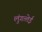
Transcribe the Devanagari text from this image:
लुंगत्‍तेई